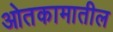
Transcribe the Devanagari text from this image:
ओतकामातील